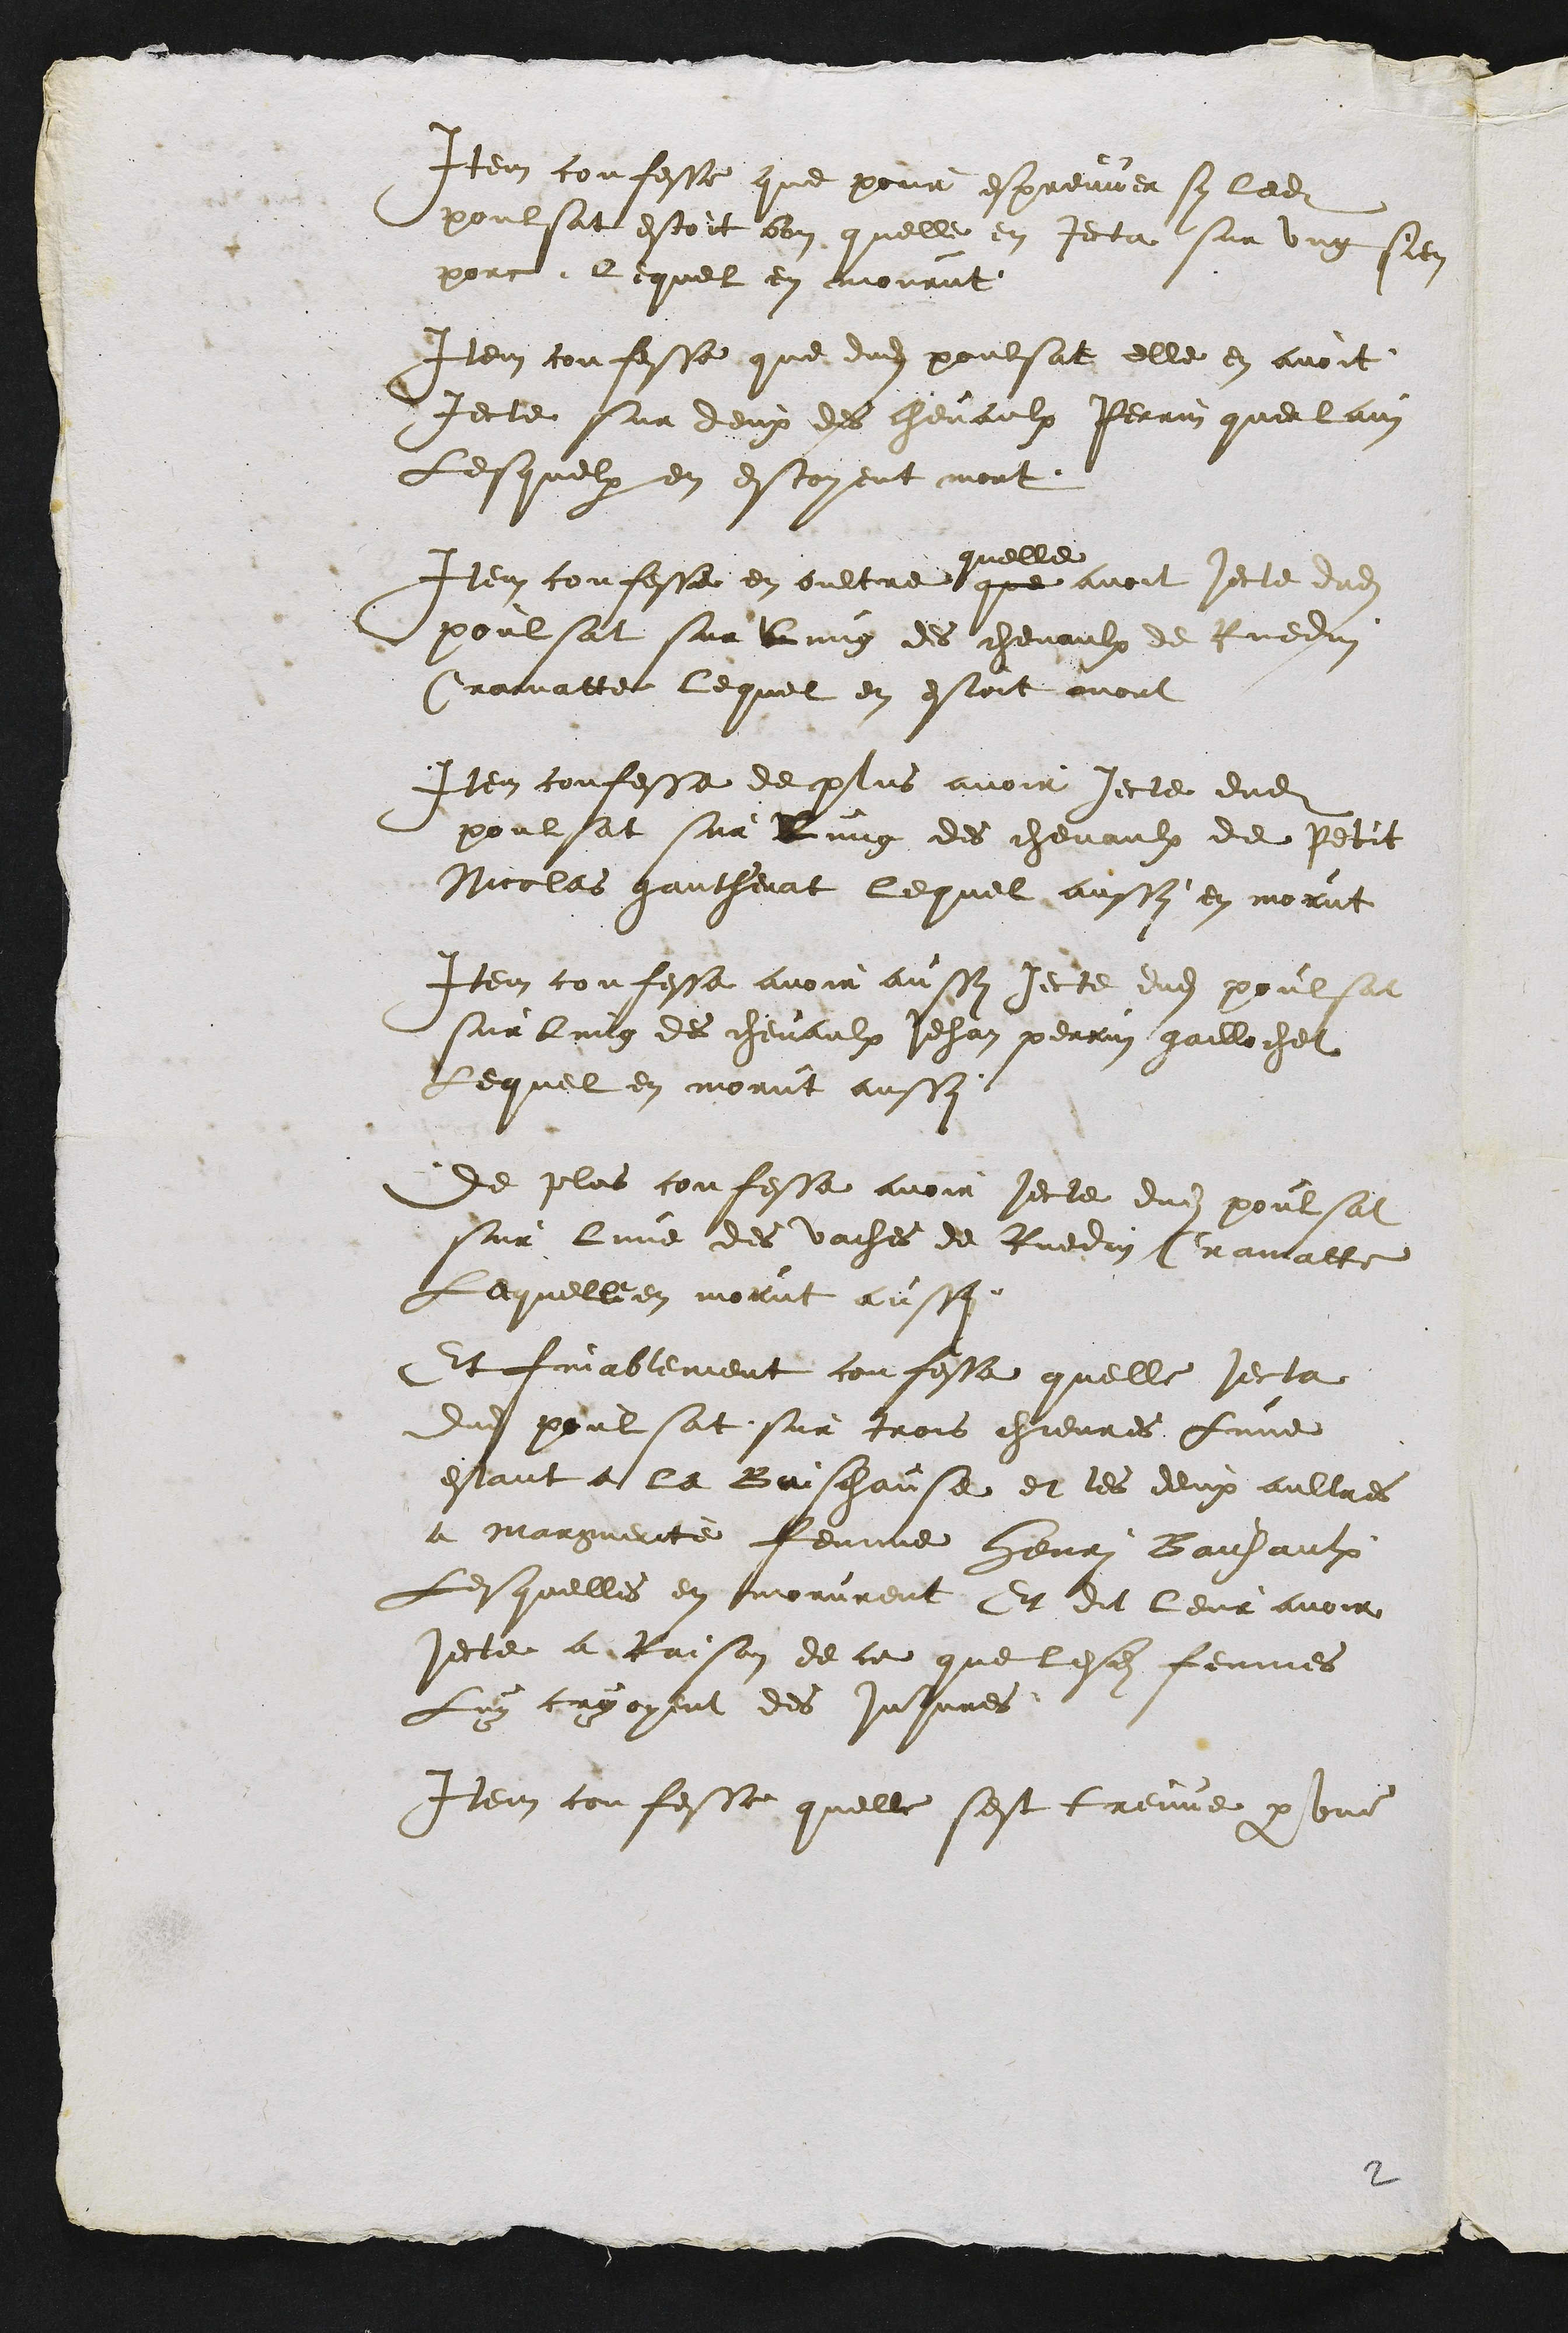
Item confesse que pour espreuver sy ledit
poulsat estoit bon quelle en jecta sur ung sien
pore. Lequel en mourut
Item confesse que dudit poulsat elle en avoit
Jecte sur deux des chevaulx Perrin que lain
Lesquelx en estoyent mort
Item confesse en oultre que
quelle
avoit jecte dudit
poulsat sur lung des chevaulx de Ruedin
Cramatte lequel en estoit mort
Item confessee de plus avoir jecte dudit
poulsat sur lung des chevaulx de Petit
Nicolas gautherat lequel aussi en morut
Item confesse avoir aussi jecte dudit poulsat
sur lung des chevaulx Jehan perrin gailloche
Lequel en morut aussy
de plus confesse avoir jecte dudit poulsat
sur lune des vaches de Ruedin Cramatte
Lequelle en morut aussi
Et finablement confesse quelle jecta
dudit poulsat sur trois chievres Lune
estant a la Baschause et les deux aultres
a manguerite femme henri Babaulx
Lesquelles en morurent Et dit leur avoir
jecte a Raison de ce que lesdits femmes
Luy cayoyent des injures
Item confesse quelle sest treuve par une